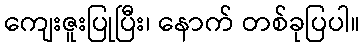
ကျေးဇူးပြုပြီး၊ နောက် တစ်ခုပြပါ။